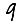
Digit: 9